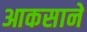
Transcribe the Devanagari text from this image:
आकसाने